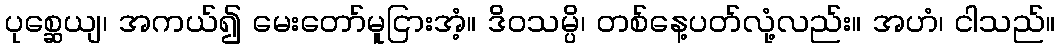
ပုစ္ဆေယျ၊ အကယ်၍ မေးတော်မူငြားအံ့။ ဒိဝသမ္ပိ၊ တစ်နေ့ပတ်လုံ့လည်း။ အဟံ၊ ငါသည်။